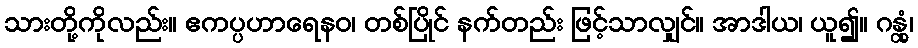
သားတို့ကိုလည်း။ ဧကပ္ပဟာရေနဝ၊ တစ်ပြိုင် နက်တည်း ဖြင့်သာလျှင်။ အာဒါယ၊ ယူ၍။ ဂန္တုံ၊